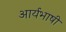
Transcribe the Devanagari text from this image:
आर्यभाषी